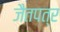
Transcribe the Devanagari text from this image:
जैतपत्र